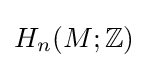
H_{n}(M;\mathbb {Z} )